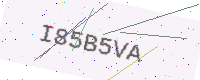
Text: I85B5VA